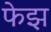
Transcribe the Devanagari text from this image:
फेझ